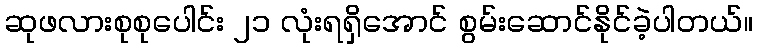
ဆုဖလားစုစုပေါင်း ၂၁ လုံးရရှိအောင် စွမ်းဆောင်နိုင်ခဲ့ပါတယ်။